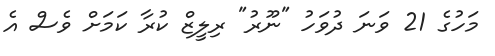
މަހުގެ 21 ވަނަ ދުވަހު "ނޫރު" ރިލީޒް ކުރާ ކަމަށް ވެސް އެ